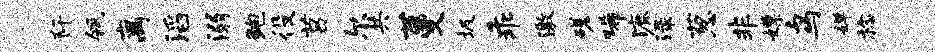
阡瓴离滔溺鲍役莒尔共蔓圾乖激磋唏漉渌葱非嫖鸟婵稔